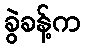
ခွဲခန့်က